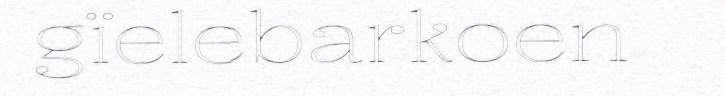
gïelebarkoen